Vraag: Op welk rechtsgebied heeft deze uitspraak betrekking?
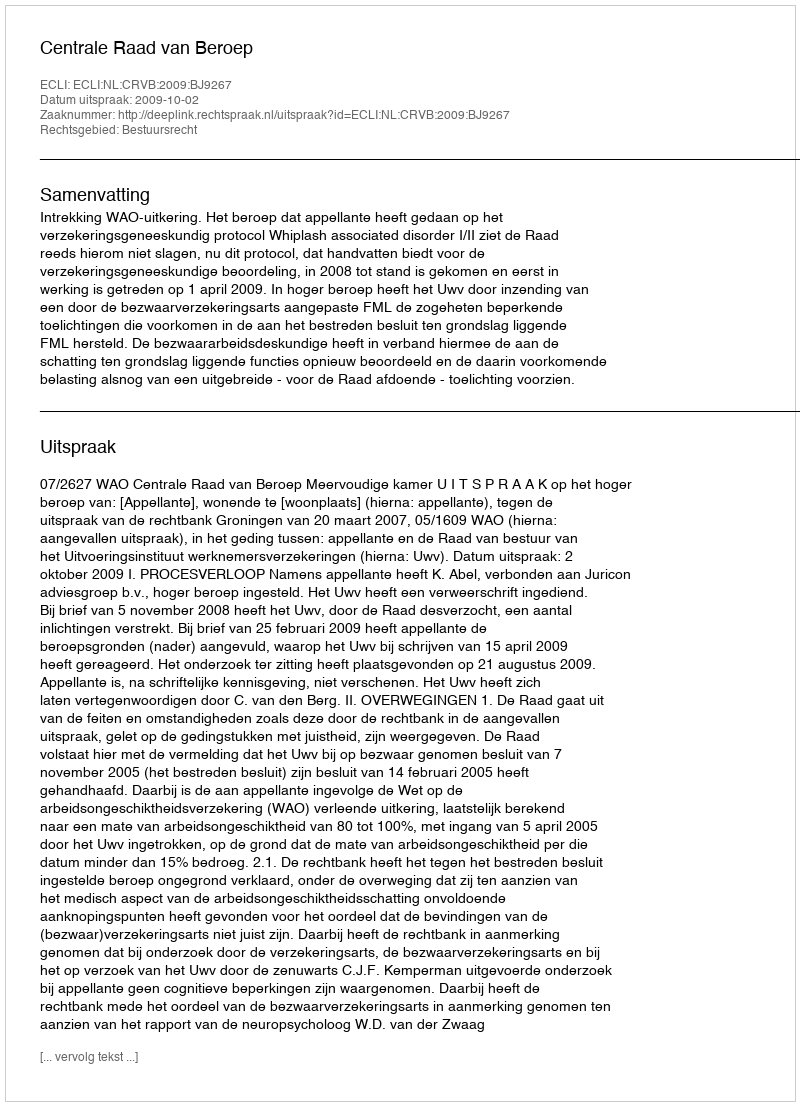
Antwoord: Bestuursrecht